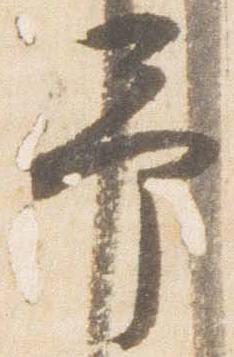
予